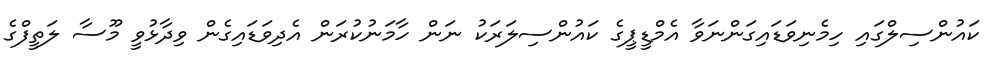
ކައުންސިލްގައި ހިމެނިވަޑައިގަންނަވާ އެމްޑީޕީގެ ކައުންސިލަރަކު ނަން ހާމަނުކުރަން އެދިވަޑައިގެން ވިދާޅުވީ މޫސާ ލަތީފްގެ